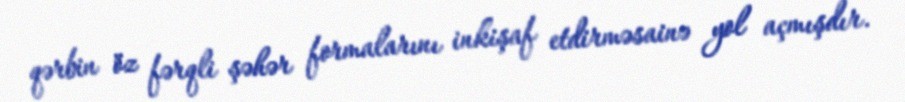
qərbin öz fərqli şəhər formalarını inkişaf etdirməsainə yol açmışdır.